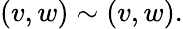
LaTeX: (v,w)\sim(v,w).